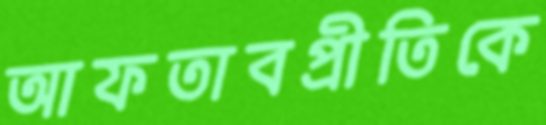
আফতাবপ্রীতিকে